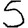
Digit: 5